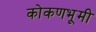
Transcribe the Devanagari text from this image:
कोकणभूमी